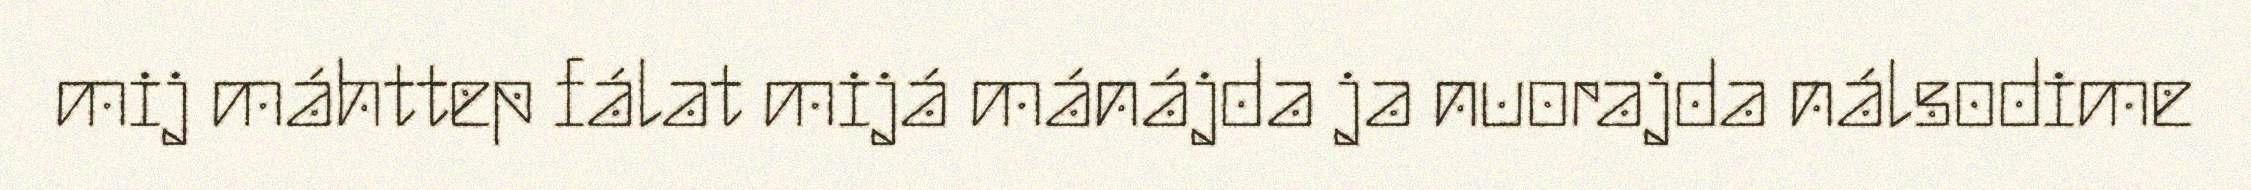
mij máhttep fálat mijá mánájda ja nuorajda nálsodime